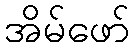
အိမ်ဖော်